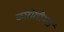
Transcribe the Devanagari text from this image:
कारोलीनर्ना